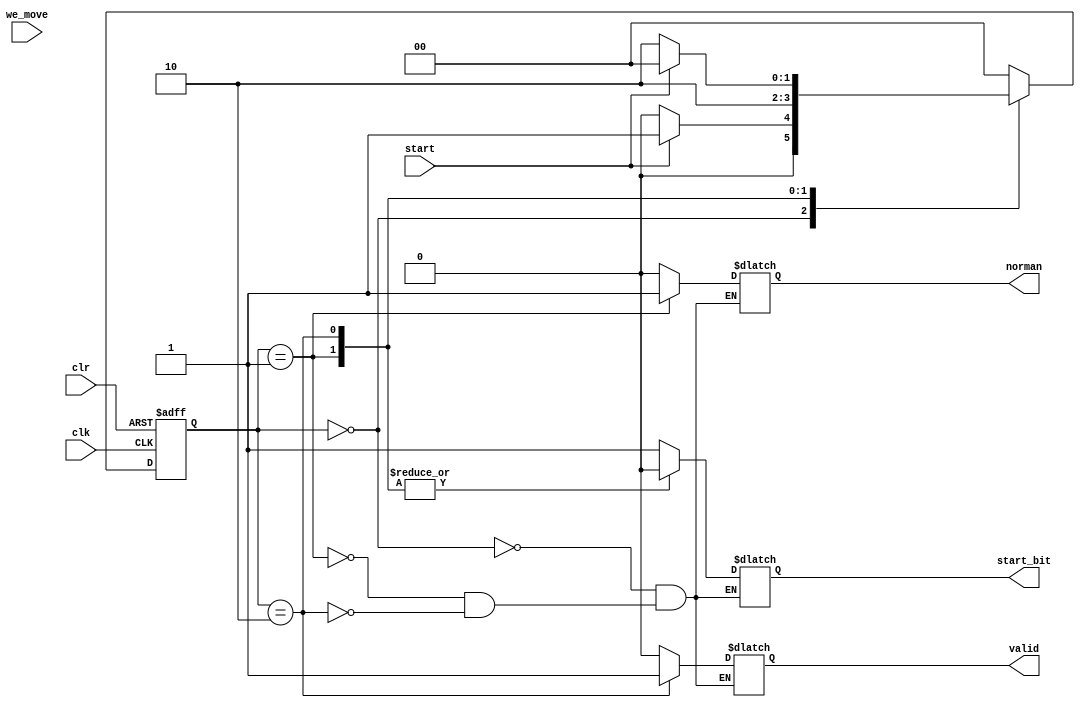
`timescale 1ns / 1ps
//////////////////////////////////////////////////////////////////////////////////
// Company: 
// Engineer: 
// 
// Design Name: 
// Module Name: controller
// Project Name: 
// Target Devices: 
// Tool Versions: 
// Description: 
// 
// Dependencies: 
// 
// Revision:
// Revision 0.01 - File Created
// Additional Comments:
// 
//////////////////////////////////////////////////////////////////////////////////


module controller(
    input clk, clr, we_move, 
    input wire start,
    output reg start_bit, norman, valid
    );
    reg [1:0] state, next_state;
    
    parameter start_s = 3'd0, norman_s = 3'b1, valid_s = 3'd2;
    
    always @(negedge clk or posedge clr) begin
        if (clr) state = start_s;
        else begin
            //$display("State before: %d", state);
            state = next_state;
            //$display("State after: %d", state);
        end
    end
    
    always @(start or state or we_move or valid) begin
        case(state)
            start_s: begin
                if (start == 0) next_state = start_s; 
                else if (start == 1) next_state = norman_s;
                else next_state = start_s;
            end
            norman_s: next_state = valid_s;
            valid_s: begin
                 if (start) next_state = start_s; 
                 else next_state = valid_s; 
            end
            default: next_state = start_s;
        endcase
    end
    
    always @(state) begin
        case(state)
            start_s: begin
                start_bit = 1;
                norman = 0;
                valid = 0;
            end
            norman_s: begin
                start_bit = 0;
                norman = 1;
                valid = 0;
            end
            valid_s: begin
                start_bit = 0;
                norman = 0;
                valid = 1;
            end
        endcase
    end
endmodule